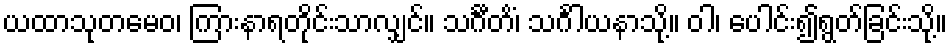
ယထာသုတမေဝ၊ ကြားနာရတိုင်းသာလျှင်။ သင်္ဂီတိံ၊ သင်္ဂါယနာသို့။ ဝါ၊ ပေါင်း၍ရွတ်ခြင်းသို့။